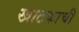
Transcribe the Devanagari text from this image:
खाटकाची